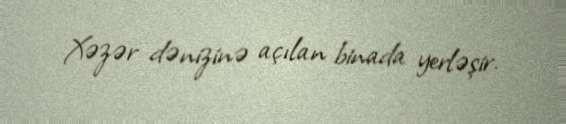
Xəzər dənizinə açılan binada yerləşir.